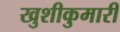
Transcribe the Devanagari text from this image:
खुशीकुमारी